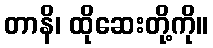
တာနိ၊ ထိုဆေးတို့ကို။